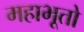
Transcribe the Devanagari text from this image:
महाभूतो